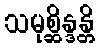
သမုစ္ဆိန္ဒန္တိ